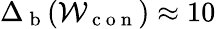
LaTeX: \Delta_{\mathrm{~b~}}(\mathcal{W}_{\mathrm{~c~o~n~}})\approx 10